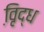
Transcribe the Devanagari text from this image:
वृि़द्ध